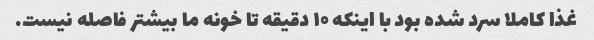
غذا کاملا سرد شده بود با اینکه ۱۰ دقیقه تا خونه ما بیشتر فاصله نیست.